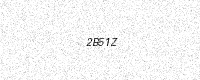
Text: 2B51Z